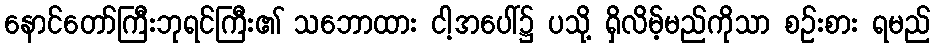
နောင်တော်ကြီးဘုရင်ကြီး၏ သဘောထား ငါ့အပေါ်၌ ပသို့ ရှိလိမ့်မည်ကိုသာ စဉ်းစား ရမည်